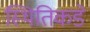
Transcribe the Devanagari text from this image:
स्थितिकडे